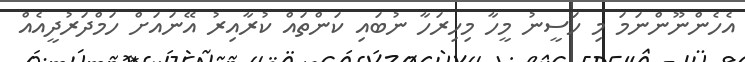
އެހެންނޫންނަމަ މި ހަސީނު މީހާ މިހިރަހާ ނުބައި ކަންތައް ކުރާއިރު އޭނައަށް ހަމްދަރުދީއެއް